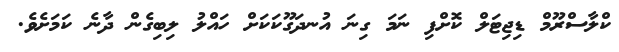
ކްލާސްރޫމް ޑިޖިޓަލް ކޮށްފި ނަމަ ގިނަ އުނދަގޫކަކަށް ހައްލު ލިބިގެން ދާނެ ކަމަށެވެ.